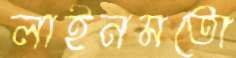
লাইনমতো